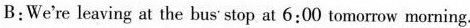
B:We're leaving at the bus'stop at 6:00 tomorrow morning.